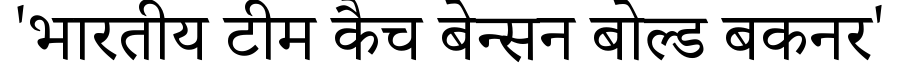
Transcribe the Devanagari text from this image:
'भारतीय टीम कैच बेन्सन बोल्ड बकनर'